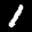
Label: 1